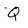
Character: Q